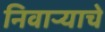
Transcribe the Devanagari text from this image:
निवाऱ्याचे